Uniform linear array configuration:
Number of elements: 48
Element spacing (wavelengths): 0.25
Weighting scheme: kaiser
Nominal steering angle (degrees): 15
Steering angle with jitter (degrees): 13.906
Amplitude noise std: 0.05
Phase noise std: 0.05

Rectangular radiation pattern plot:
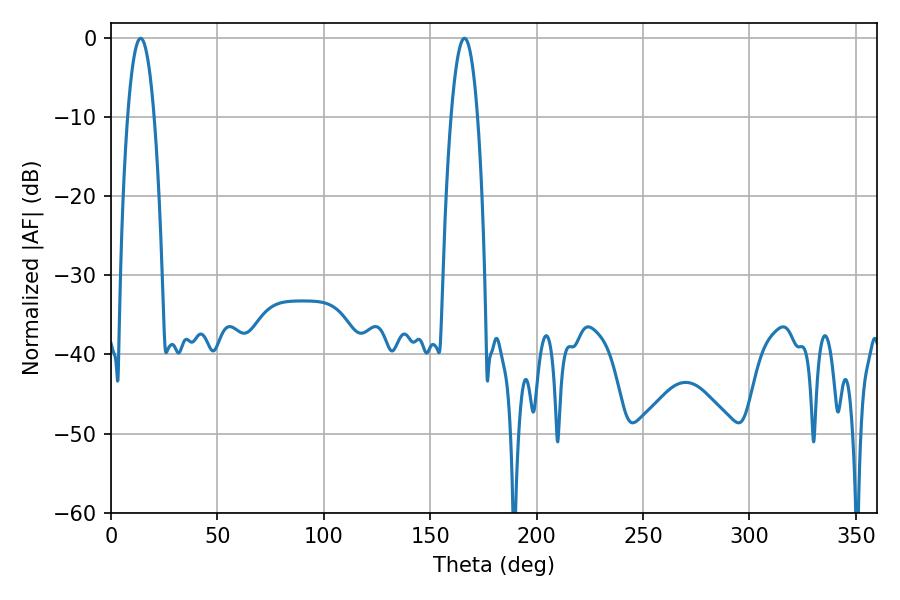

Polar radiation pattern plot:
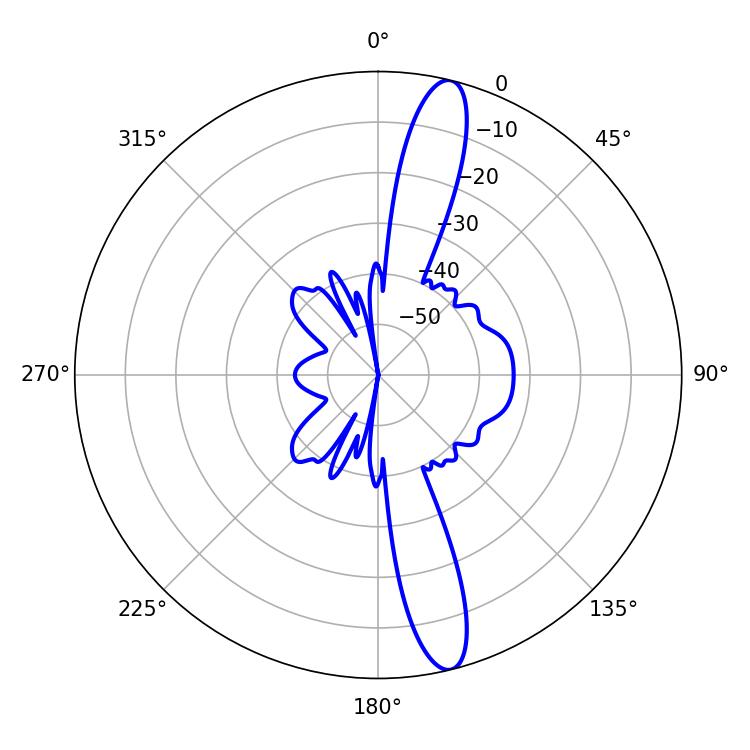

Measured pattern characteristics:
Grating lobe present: FALSE
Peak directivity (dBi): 15.034
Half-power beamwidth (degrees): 7.02
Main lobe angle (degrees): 13.86